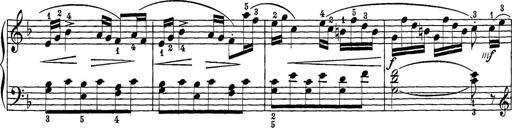
Title: 12 Sonatine per Pianoforte
Composer: Friedrich Kuhlau